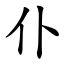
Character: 仆